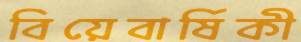
বিয়েবার্ষিকী